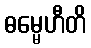
ဓမ္မေဟီတိ